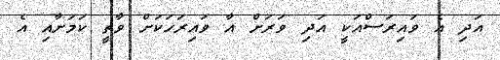
އަދި އެ ވައިރަސްއަކީ އަދި ވަރަށް އާ ވައިރަހަކަށް ވާތީ ކަމަށާއި އެ